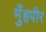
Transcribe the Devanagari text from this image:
मुँहपीर